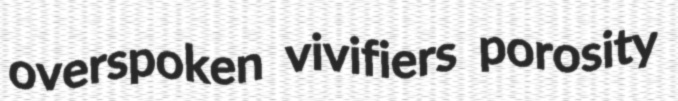
overspoken vivifiers porosity